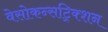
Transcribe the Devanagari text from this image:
वेसोकन्सट्रिक्शन